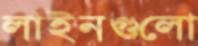
লাইনগুলো